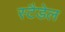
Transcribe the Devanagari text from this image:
स्टैडेल